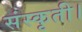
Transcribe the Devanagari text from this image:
संस्कृती।